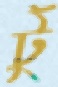
টুঁ